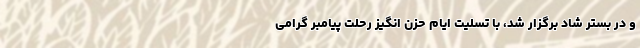
و در بستر شاد برگزار شد، با تسلیت ایام حزن انگیز رحلت پیامبر گرامی